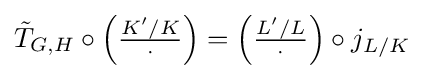
{\tilde {T}}_{G,H}\circ \left({\tfrac {K'/K}{\cdot }}\right)=\left({\tfrac {L'/L}{\cdot }}\right)\circ j_{L/K}